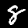
Digit: 8